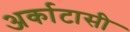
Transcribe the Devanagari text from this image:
अर्काटासी